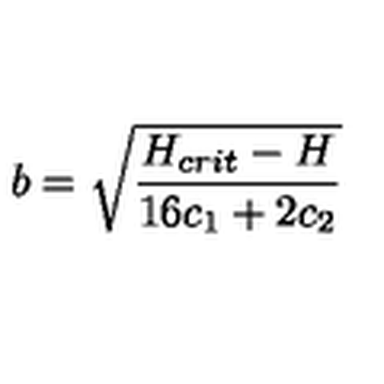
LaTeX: b = \sqrt { \frac { H _ { c r i t } - H } { 1 6 c _ { 1 } + 2 c _ { 2 } } }